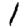
Digit: 1